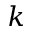
k